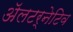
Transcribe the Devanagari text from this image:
ॲलटर्नेटिव